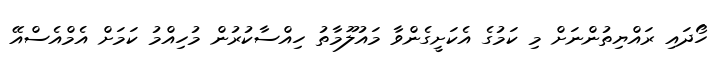
ހޯދައި ރައްޔިތުންނަށް މި ކަމުގެ އެކަށީގެންވާ މައުލޫމާތު ހިއްސާކުރުން މުހިއްމު ކަމަށް އެމްއެސްއޭ